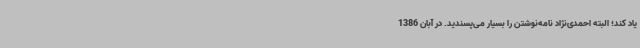
یاد کند؛ البته احمدی‌نژاد نامه‌نوشتن را بسیار می‌پسندید. در آبان 1386